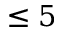
\leq 5